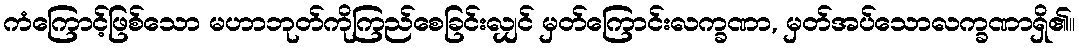
ကံကြောင့်ဖြစ်သော မဟာဘုတ်ကိုကြည်စေခြင်းလျှင် မှတ်ကြောင်းလက္ခဏာ, မှတ်အပ်သောလက္ခဏာရှိ၏။